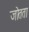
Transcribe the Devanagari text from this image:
जोतता